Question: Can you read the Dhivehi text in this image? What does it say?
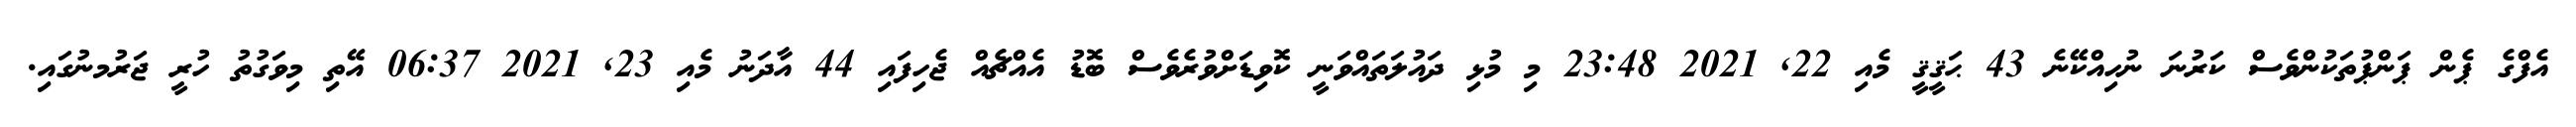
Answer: އެފްގެ ޕެން ޕަންޕުތަކުންވެސް ކަރުނަ ނުހިއްކޭނެ 43 ޙަޤީޤީ މެއި 22, 2021 23:48 މި މުޅި ދައުލަތައްވަނީ ކޮވިޑަށްވުރެވެސް ބޮޑު އެއްޗެއް ޖެހިފައި 44 އާދަނު މެއި 23, 2021 06:37 އޭތި މިވަގުތު ހުރީ ޖަރުމނުގައި.